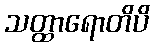
သတ္ထာရောတိပိ